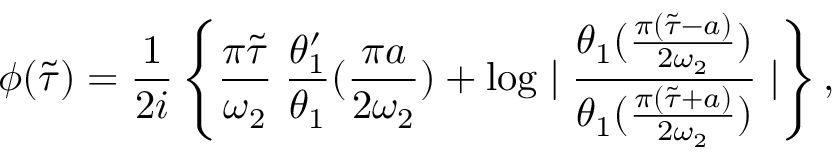
\phi ( \tilde { \tau } ) = \frac { 1 } { 2 i } \left\{ \frac { \pi \tilde { \tau } } { \omega _ { 2 } } \; \frac { \theta _ { 1 } ^ { \prime } } { \theta _ { 1 } } ( \frac { \pi a } { 2 \omega _ { 2 } } ) + \log \mid \frac { \theta _ { 1 } ( \frac { \pi ( \tilde { \tau } - a ) } { 2 \omega _ { 2 } } ) } { \theta _ { 1 } ( \frac { \pi ( \tilde { \tau } + a ) } { 2 \omega _ { 2 } } ) } \mid \right\} ,